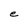
Character: e